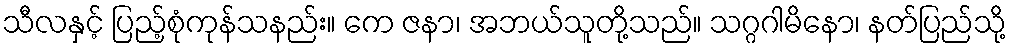
သီလနှင့် ပြည့်စုံကုန်သနည်း။ ကေ ဇနာ၊ အဘယ်သူတို့သည်။ သဂ္ဂဂါမိနော၊ နတ်ပြည်သို့